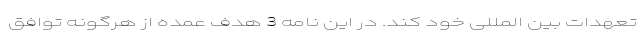
تعهدات بین المللی خود کند. در این نامه 3 هدف عمده از هرگونه توافق